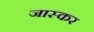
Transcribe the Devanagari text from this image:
जास्कर